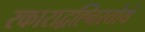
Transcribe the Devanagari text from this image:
रकाराद्वह्निस्तोयं